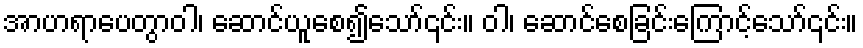
အာဟရာပေတွာဝါ၊ ဆောင်ယူစေ၍သော်၎င်း။ ဝါ၊ ဆောင်စေခြင်းကြောင့်သော်၎င်း။